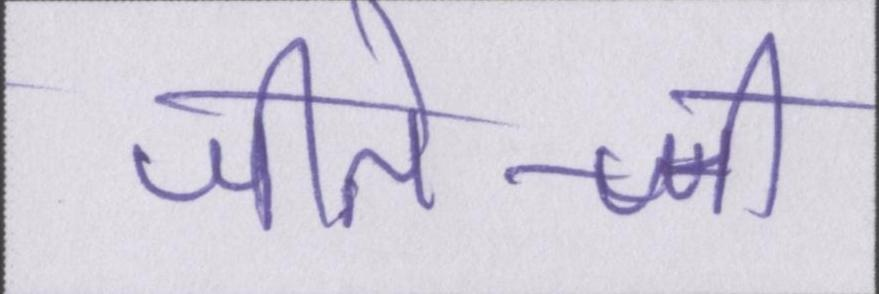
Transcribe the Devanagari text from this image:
जीते-जी